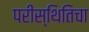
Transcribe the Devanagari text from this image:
परीस्थितिचा